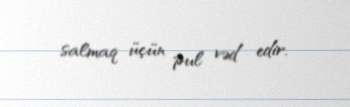
salmaq üçün pul vəd edir.